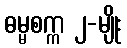
ဓမ္မစက္က ၂-မျိုး